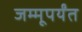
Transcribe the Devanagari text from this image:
जम्मूपर्यंत